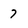
Character: 7